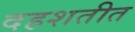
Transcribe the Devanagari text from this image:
दहशतीत